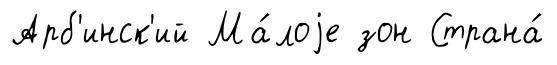
Арб'инск'ий Ма́лоjе зон Страна́